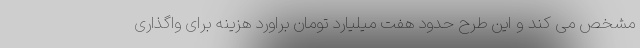
مشخص می کند و این طرح حدود هفت میلیارد تومان براورد هزینه برای واگذاری